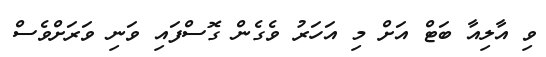
ވި އާލިއާ ބަޓް އަށް މި އަހަރު ވެގެން ގޮސްފައި ވަނި ވަރަށްވެސް